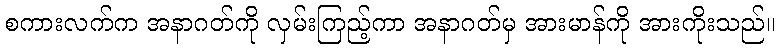
စကားလက်က အနာဂတ်ကို လှမ်းကြည့်ကာ အနာဂတ်မှ အားမာန်ကို အားကိုးသည်။